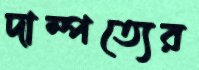
দাম্পত্যের